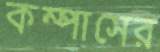
কম্পাসের